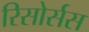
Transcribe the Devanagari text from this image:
रिसोर्सस